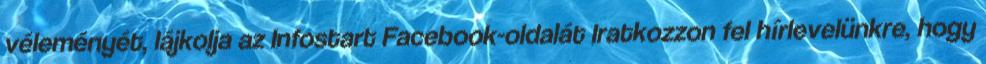
véleményét, lájkolja az Infostart Facebook-oldalát Iratkozzon fel hírlevelünkre, hogy